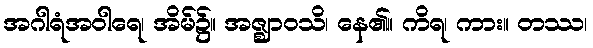
အဂါရံအဝါရေ၊ အိမ်၌။ အဇ္ဈာဝသိ၊ နေ၏။ ကိရ၊ ကား။ တဿ၊